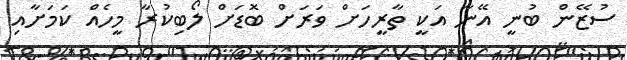
ސުޒޭން ބުނީ އޭނާ އަކީ ތާރީހަށް ވަރަށް ބޮޑަށް ލޯބިކުރާ މީހެއް ކަމަށާއި